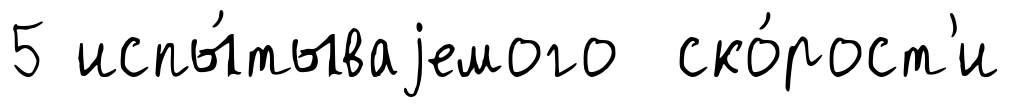
5 испы́тываjемого ско́рост'и